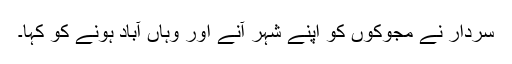
سردار نے مجوکوں کو اپنے شہر آنے اور وہاں آباد ہونے کو کہا۔